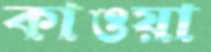
কাওয়া